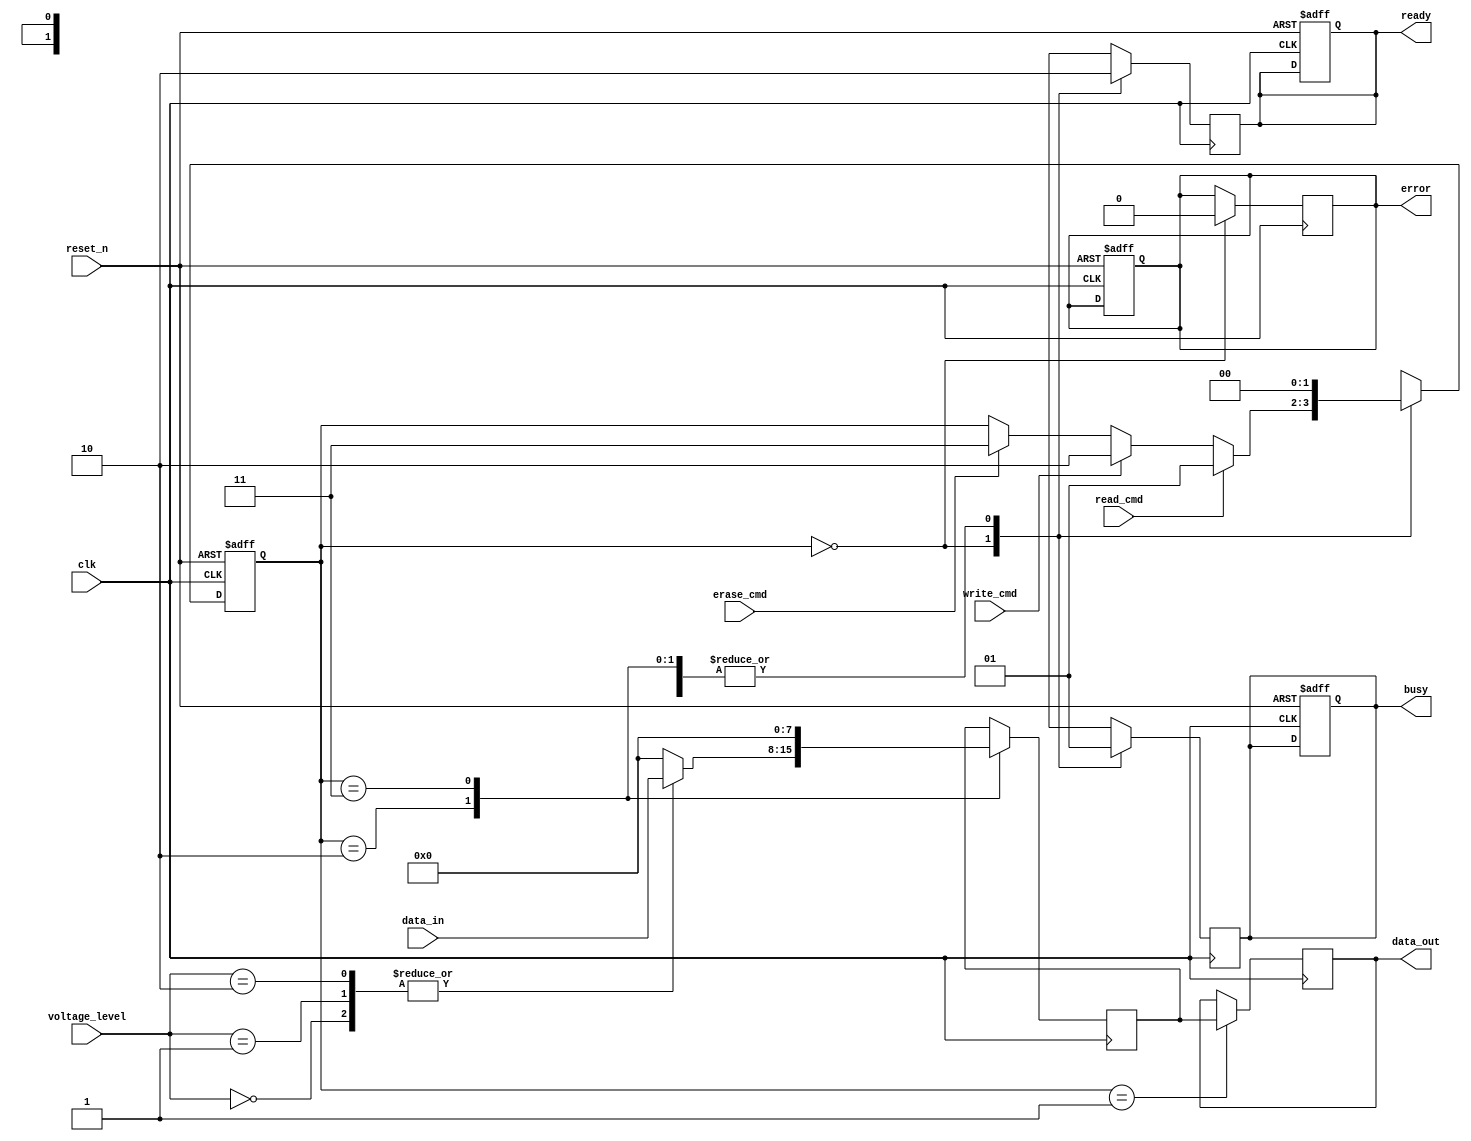
module nand_eeprom_io (
    input wire clk,                // System clock
    input wire reset_n,            // Active low reset
    input wire [7:0] data_in,      // Data input from external device
    input wire read_cmd,           // Read command signal
    input wire write_cmd,          // Write command signal
    input wire erase_cmd,          // Erase command signal
    input wire [1:0] voltage_level, // Voltage level input
    output reg [7:0] data_out,     // Data output to external device
    output reg busy,               // Busy status signal
    output reg ready,              // Ready status signal
    output reg error               // Error status signal
);

    // Internal signals
    reg [7:0] memory [0:255];      // Simulated memory array
    reg [7:0] status_reg;           // Status register
    reg [7:0] voltage_shifted_data; // Data after voltage level shifting

    // State definitions
    localparam IDLE = 2'b00,
               READ = 2'b01,
               WRITE = 2'b10,
               ERASE = 2'b11;
    
    reg [1:0] state, next_state;

    // Voltage level shifting logic
    always @(*) begin
        case (voltage_level)
            2'b00: voltage_shifted_data = data_in; // 1.8V
            2'b01: voltage_shifted_data = data_in; // 3.3V
            2'b10: voltage_shifted_data = data_in; // 5V
            default: voltage_shifted_data = 8'b0;   // Default case
        endcase
    end

    // State machine for command processing
    always @(posedge clk or negedge reset_n) begin
        if (!reset_n) begin
            state <= IDLE;
            busy <= 0;
            ready <= 1;
            error <= 0;
        end else begin
            state <= next_state;
        end
    end

    // Next state logic
    always @(*) begin
        next_state = state;
        case (state)
            IDLE: begin
                if (read_cmd) begin
                    next_state = READ;
                end else if (write_cmd) begin
                    next_state = WRITE;
                end else if (erase_cmd) begin
                    next_state = ERASE;
                end
            end
            READ: begin
                next_state = IDLE; // Go back to IDLE after read
            end
            WRITE: begin
                next_state = IDLE; // Go back to IDLE after write
            end
            ERASE: begin
                next_state = IDLE; // Go back to IDLE after erase
            end
        endcase
    end

    // Output logic based on state
    always @(posedge clk) begin
        case (state)
            IDLE: begin
                busy <= 0;
                ready <= 1;
                error <= 0;
            end
            READ: begin
                busy <= 1;
                ready <= 0;
                data_out <= memory[0]; // Example: read from address 0
                status_reg <= 8'b00000001; // Update status register
            end
            WRITE: begin
                busy <= 1;
                ready <= 0;
                memory[0] <= voltage_shifted_data; // Example: write to address 0
                status_reg <= 8'b00000010; // Update status register
            end
            ERASE: begin
                busy <= 1;
                ready <= 0;
                memory[0] <= 8'b0; // Example: erase address 0
                status_reg <= 8'b00000100; // Update status register
            end
        endcase
    end

endmodule